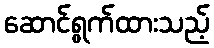
ဆောင်ရွက်ထားသည့်